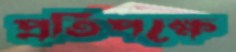
প্রতিপক্ষে